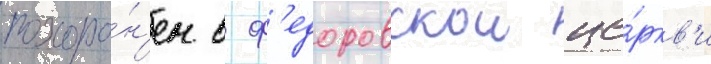
похоро́н'ен в ф'едоровскои це́ркв'и